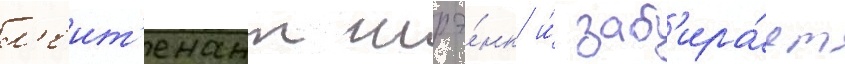
л'еит'енант шрэ́нк и́ заб'ира́ет